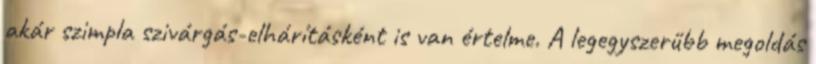
akár szimpla szivárgás-elhárításként is van értelme. A legegyszerűbb megoldás